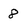
Character: 8